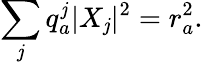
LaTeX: \sum_{\mathit{j}}q_{a}^{\mathit{j}}|X_{\mathit{j}}|^{2}=r_{a}^{2}.